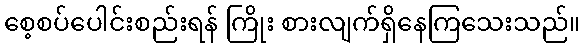
စေ့စပ်ပေါင်းစည်းရန် ကြိုး စားလျက်ရှိနေကြသေးသည်။